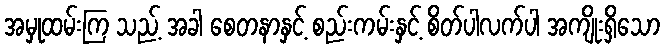
အမှုထမ်းကြ သည့် အခါ စေတနာနှင့် စည်းကမ်းနှင့် စိတ်ပါလက်ပါ အကျိုးရှိသော